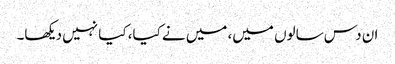
ان دس سالوں میں، میں نے کیا، کیا نہیں دیکھا۔